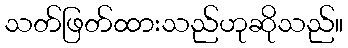
သတ်ဖြတ်ထားသည်ဟုဆိုသည်။